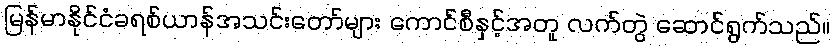
မြန်မာနိုင်ငံခရစ်ယာန်အသင်းတော်များ ကောင်စီနှင့်အတူ လက်တွဲ ဆောင်ရွက်သည်။